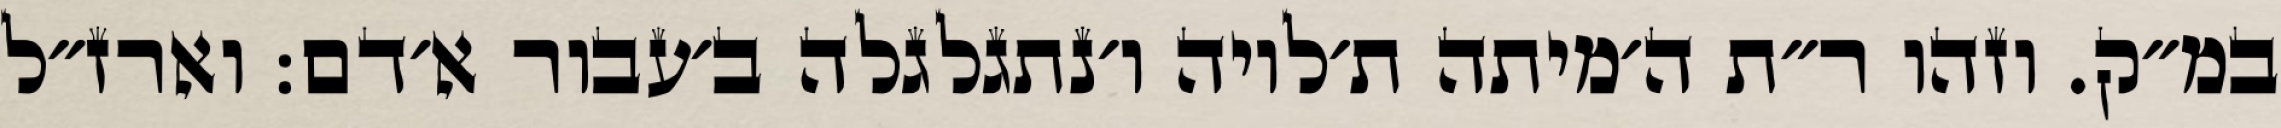
במ״ק. וזהו ר״ת ה׳מיתה ת׳לויה ו׳נתגלגלה ב׳עבור א׳דם: וארז״ל